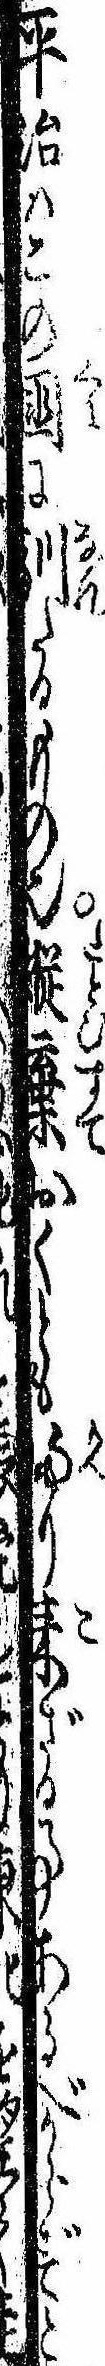
平治はこの国に馴たるもの也縦棄おくとも帰り来ざる事あるべからずと